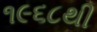
૧૯૬૮થી